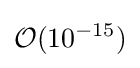
{\mathcal {O}}(10^{-15})